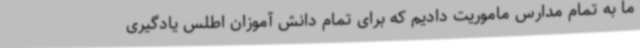
ما به تمام مدارس ماموریت دادیم که برای تمام دانش آموزان اطلس یادگیری